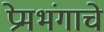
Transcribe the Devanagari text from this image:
प्रेमभंगाचे